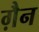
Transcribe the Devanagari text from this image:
ग़ैन